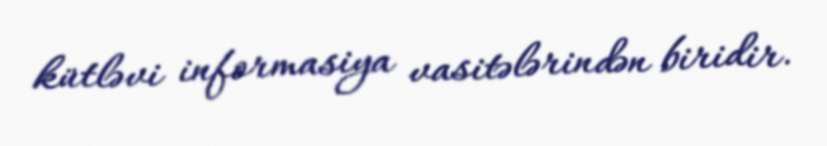
kütləvi informasiya vasitələrindən biridir.